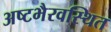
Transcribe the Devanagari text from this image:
अष्टभैरवस्थित